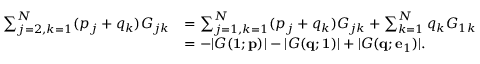
\begin{array} { r l } { \sum _ { j = 2 , k = 1 } ^ { N } ( p _ { j } + q _ { k } ) G _ { j k } } & { = \sum _ { j = 1 , k = 1 } ^ { N } ( p _ { j } + q _ { k } ) G _ { j k } + \sum _ { k = 1 } ^ { N } q _ { k } G _ { 1 k } } \\ & { = - | G ( { \bf 1 } ; { \bf p } ) | - | G ( { \bf q } ; { \bf 1 } ) | + | G ( { \bf q } ; { \bf e } _ { 1 } ) | . } \end{array}